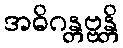
အဓိဂန္တဗ္ဗန္တိ